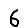
Digit: 6